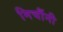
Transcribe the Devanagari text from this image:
मिचौंनी